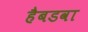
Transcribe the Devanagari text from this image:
हैबडवा